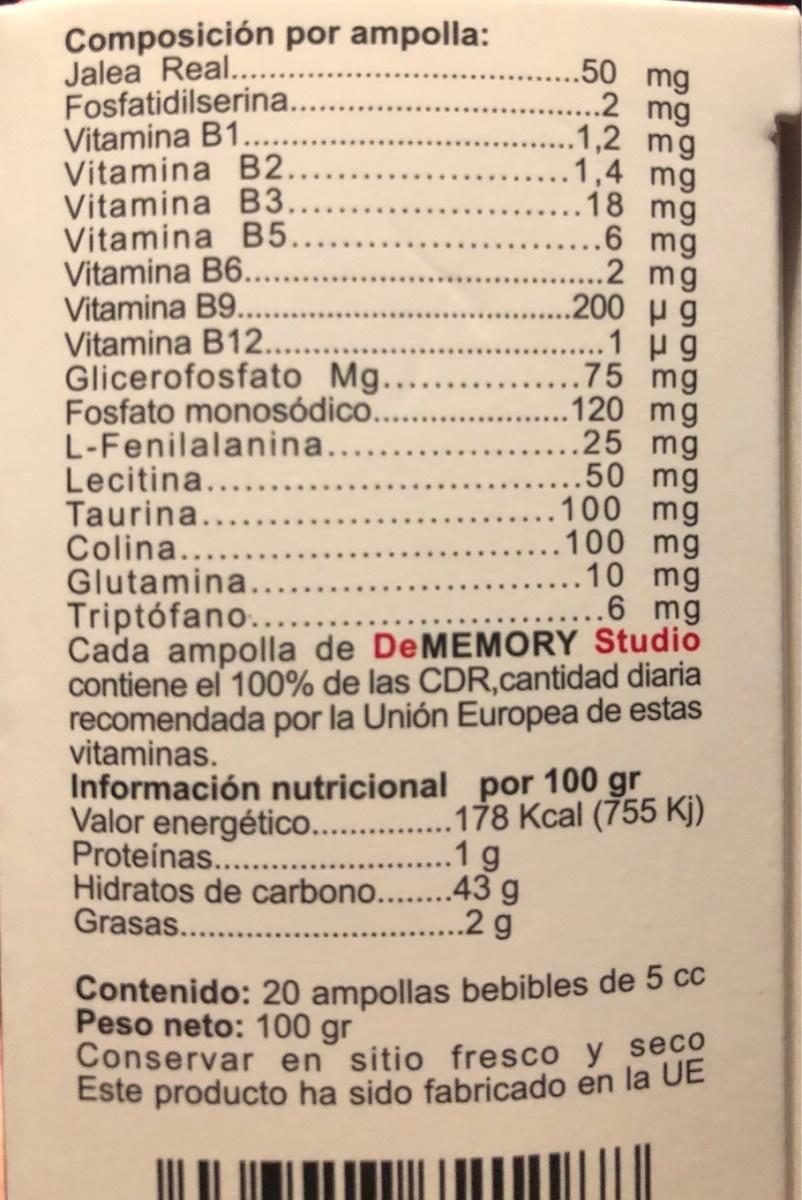
Composición por ampolla: Jalea Real.... Fosfatidilserina.. Vitamina B1.. Vitamina B2. Vitamina B3. Vitamina B5. Vitamina B6.. Vitamina B9.. Vitamina B12. Glicerofosfato Mg. Fosfato monosódico. L-Fenilalanina... Lecitina.... Taurina... Colina.. Glutamina. Triptófano... Cada ampolla de DEMEMORY Studio contiene el 100% de las CDR,cantidad diaria recomendada por la Unión Europea de estas vitaminas. Información nutricional por 100 gr Valor energético. .178 Kcal (755 Kj) Proteinas.... Hidratos de carbono.. Grasas.... .50 mg 2 mg 1,2 mg 1,4 mg 18 mg .6 mg .2 mg .200 H g 1 p g .75 mg 120 mg ..25 mg .50 mg 100 mg 100 mg .10 mg .6 mg .1g .43 g ...2 g Contenido: 20 ampollas bebibles de 5 cc Peso neto: 100 gr Conservar en sitio fresco y secO Este producto ha sido fabricado en la UE